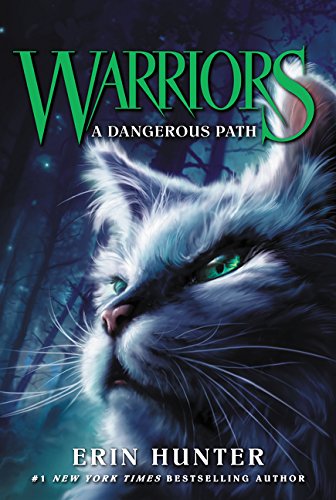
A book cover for Warriors #5: A Dangerous Path (Warriors: The Prophecies Begin); Erin Hunter; Children's Books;